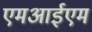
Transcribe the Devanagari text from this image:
एमआईएम